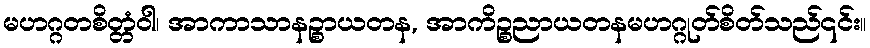
မဟဂ္ဂတစိတ္တံဝါ၊ အာကာသာနဉ္စာယတန, အာကိဉ္စညာယတနမဟဂ္ဂုတ်စိတ်သည်၎င်း။